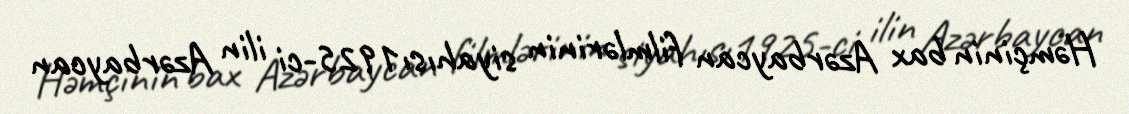
Həmçinin bax Azərbaycan filmlərinin siyahısı1925-ci ilin Azərbaycan